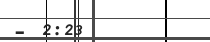
- 2:23